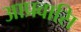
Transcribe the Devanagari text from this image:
आप्रवासि